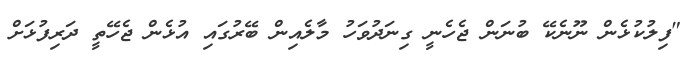
"ފިލުކުޅެން ނޫނެކޭ ބުނަން ޖެހެނީ ގިނަދުވަހު މާލެއިން ބޭރުގައި އުޅެން ޖެހޭތީ ދަރިފުޅަށް